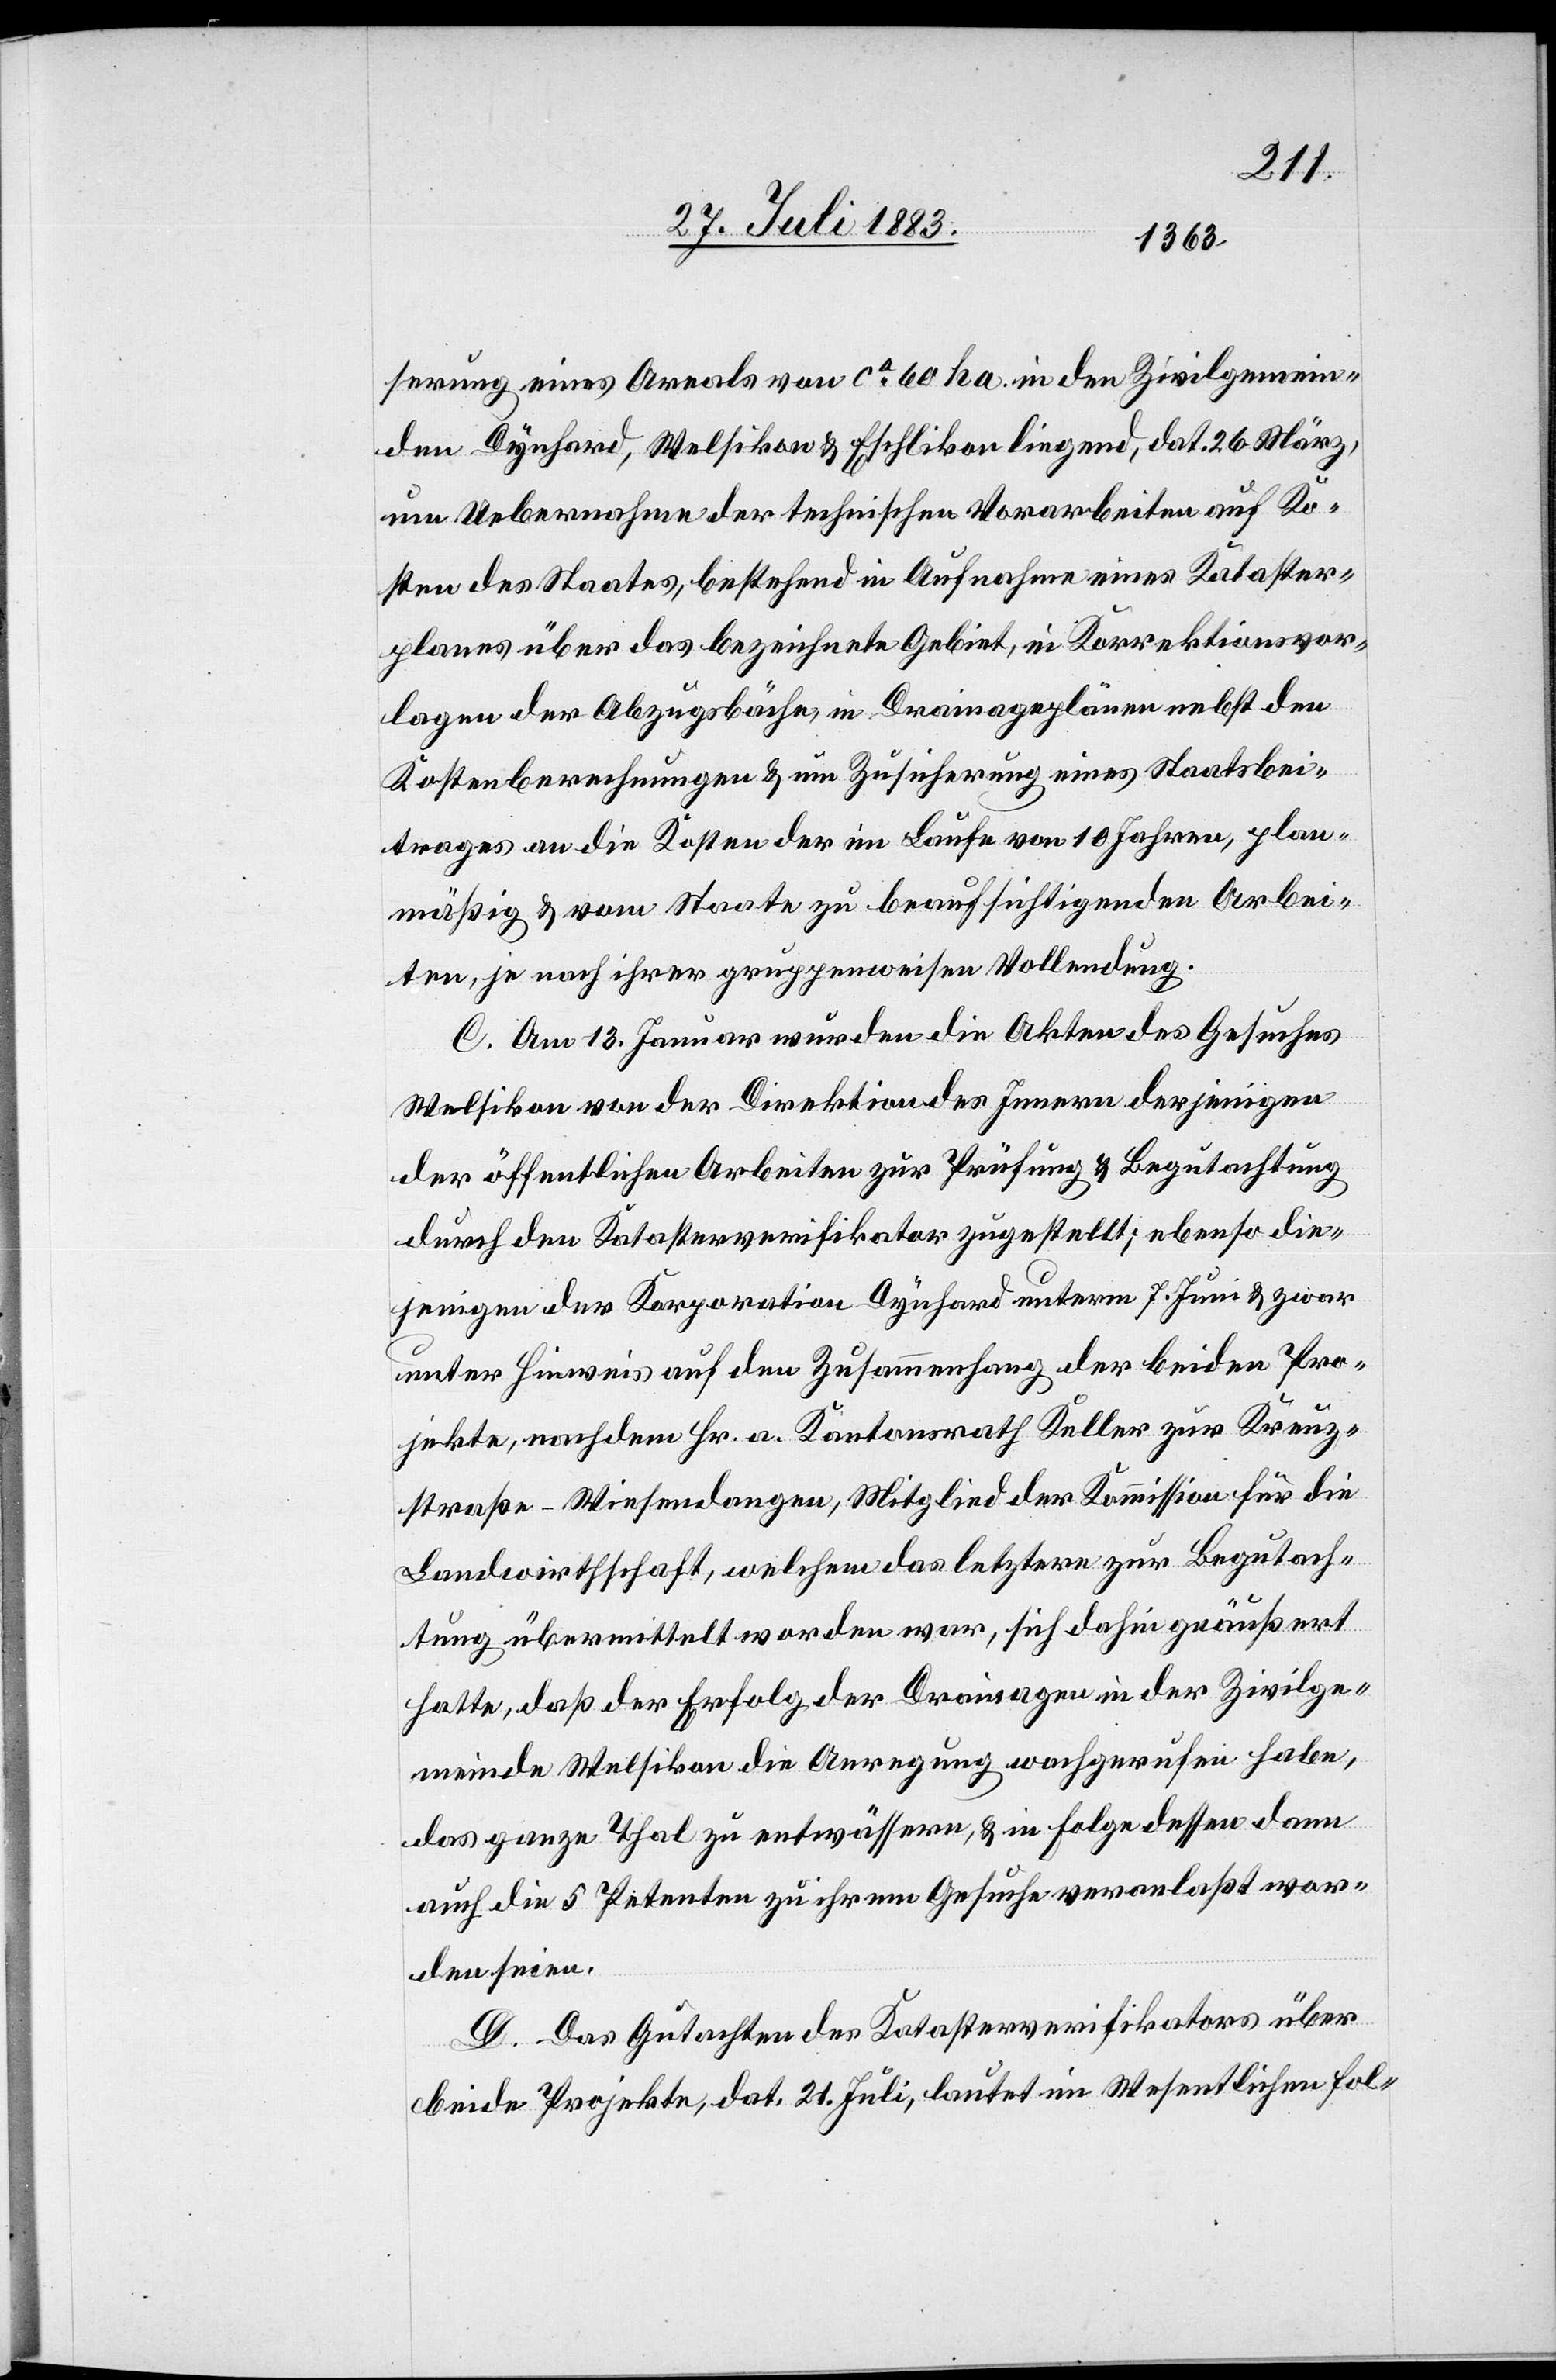
serung eines Areals von ca 60 ha in den Zivilgemein¬
den Dynhard, Welsikon & Eschlikon liegend, dat. 26. März.
um Uebernahme der technischen Vorarbeiten auf Ko¬
sten des Staates, bestehend in Aufnahme eines Kataster¬
planes über das bezeichnete Gebiet, in Korrektionsvor¬
lagen der Abzugsbäche, in Drainageplänen nebst den
Kostenberechnungen & um Zusicherung eines Staatsbei¬
trages an die Kosten der im Laufe von 10 Jahren, plan¬
mäßig & vom Staate zu beaufsichtigenden Arbei¬
ten, je nach ihrer gruppenweisen Vollendung.
C. Am 13. Januar wurden die Akten des Gesuches
Welsikon von der Direktion des Innern derjenigen
der öffentlichen Arbeiten zur Prüfung & Begutachtung
durch den Katasterverifikator zugestellt; ebenso die¬
jenigen der Korporation Dynhard unterm 7. Juni & zwar
unter Hinweis auf den Zusammenhang der beiden Pro¬
jekte, nachdem Hr. a. Kantonsrath Keller zur Kreuz¬
straße - Wiesendangen, Mitglied der Kommission für die
Landwirthschaft, welchem das letztere zur Begutach¬
tung übermittelt worden war, sich dahin geäußert
hatte, daß der Erfolg der Drainagen in der Zivilge¬
meinde Welsikon die Anregung wachgerufen habe,
das ganze Thal zu entwässern, & in Folge dessen dann
auch die 5 Petenten zu ihrem Gesuche veranlaßt wor¬
den seien.
D. Das Gutachten des Katasterverifikators über
beide Projekte, dat. 21. Juli, lautet im Wesentlichen fol-